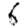
Digit: 6